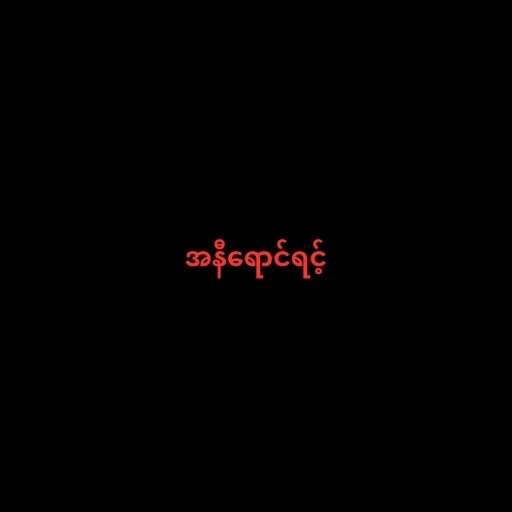
အနီရောင်ရင့်